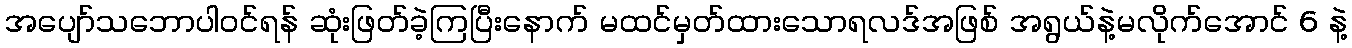
အပျော်သဘောပါဝင်ရန် ဆုံးဖြတ်ခဲ့ကြပြီးနောက် မထင်မှတ်ထားသောရလဒ်အဖြစ် အရွယ်နဲ့မလိုက်အောင် 6 နဲ့